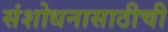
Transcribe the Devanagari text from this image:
संशोधनासाठीची